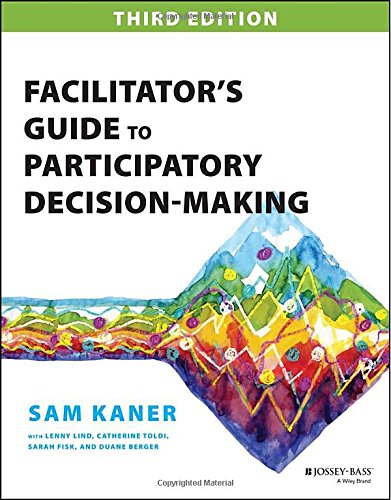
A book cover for Facilitator's Guide to Participatory Decision-Making (Jossey-Bass Business & Management Series); Sam Kaner; Business & Money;